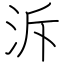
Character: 泝